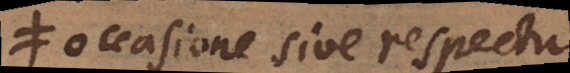
occasione sive respectu